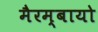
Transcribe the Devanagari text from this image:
मैरम्बायो